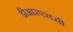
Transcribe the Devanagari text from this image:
डीआरएससी